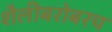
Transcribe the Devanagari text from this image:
शैलीबरोबरच